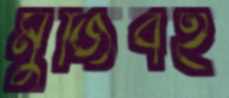
মুজিবই